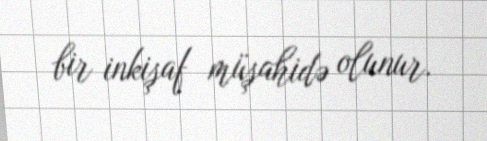
bir inkişaf müşahidə olunur.